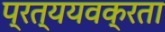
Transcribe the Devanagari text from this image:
प्रत्ययवक्रता